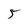
Character: 5